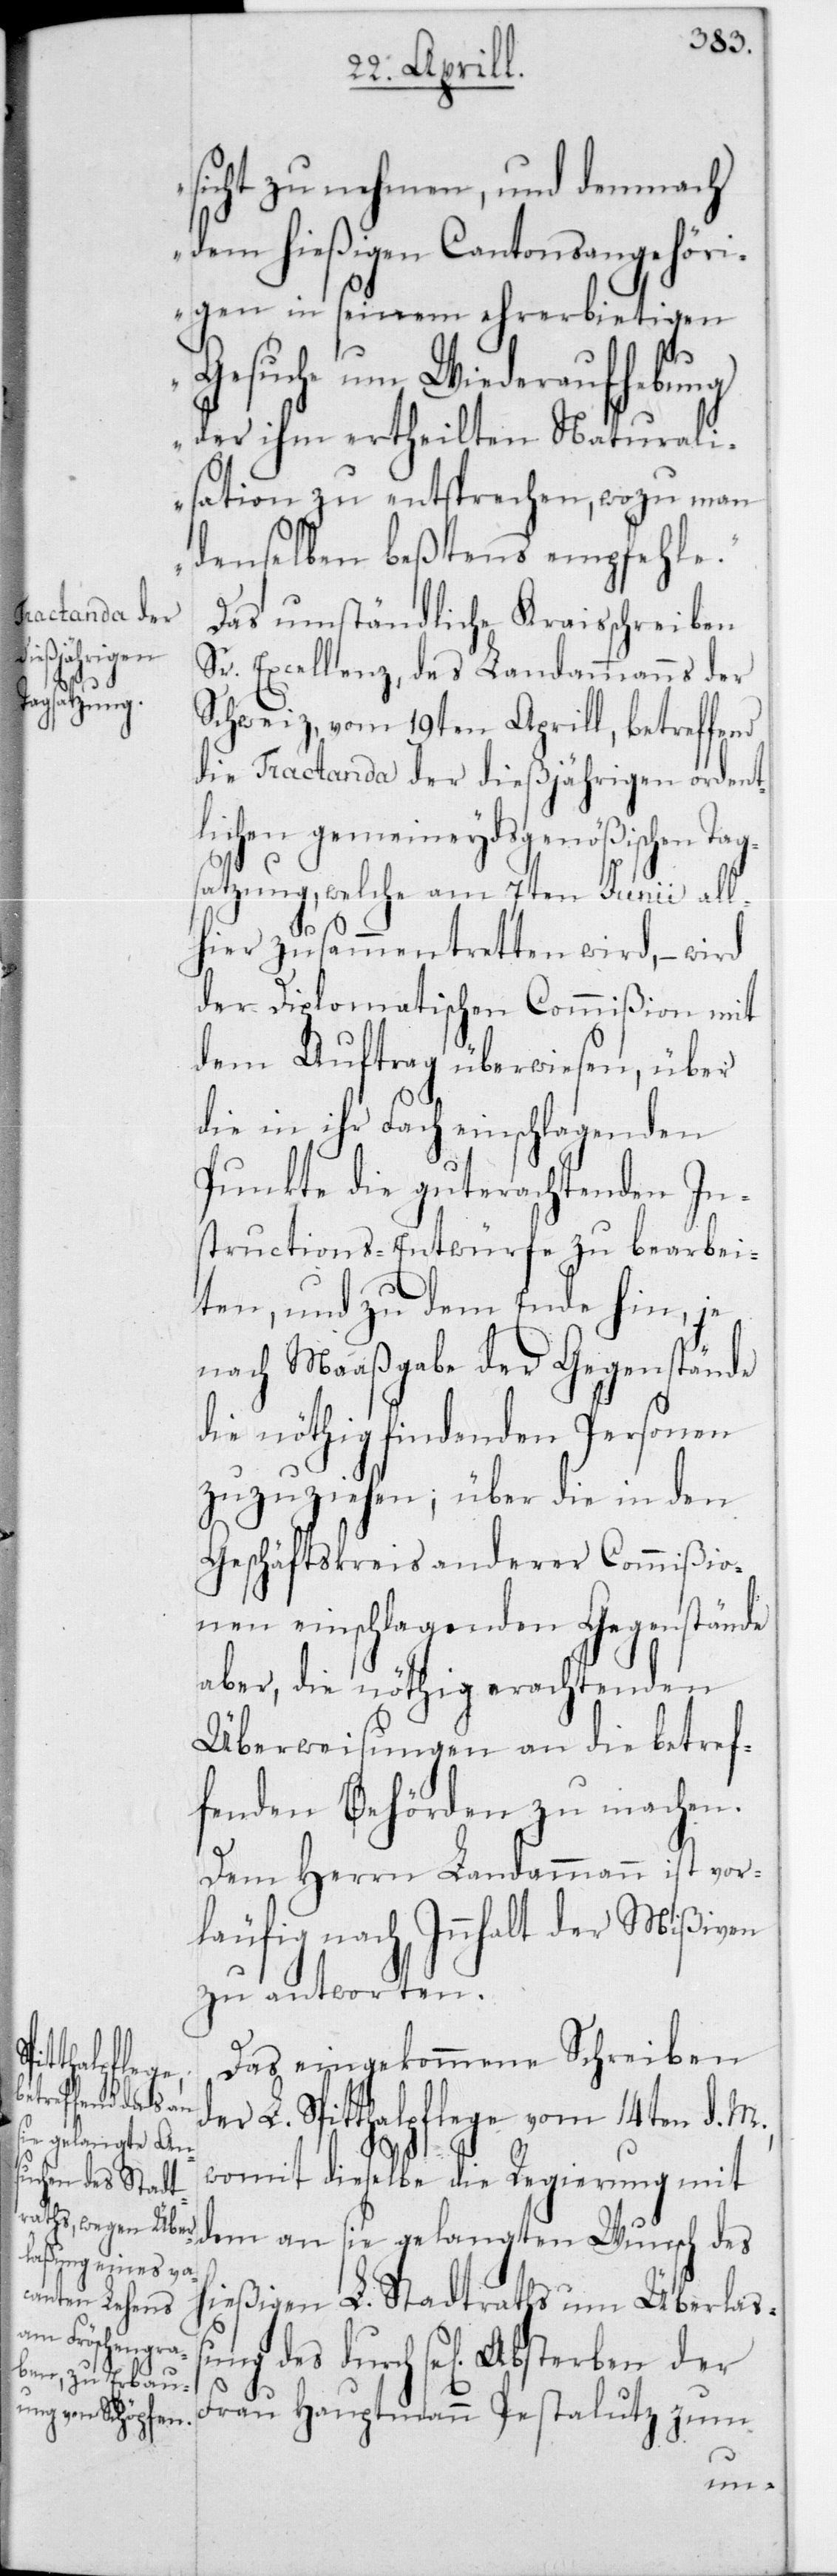
sicht zu nehmen, und demnach
dem hießigen Cantonsangehöri¬
gen in seinem ehrerbietigen
Gesuche um Wiederaufhebung
der ihm ertheilten Naturali¬
sation zu entsprechen, wozu man
denselben beßtens empfehle“.
Das umständliche Kraisschreiben
Sr. Excellenz, des Landammanns der
Schweiz vom 19ten Aprill, betreffend
die Tractanda der dießjährigen ordent¬
lichen gemeineydsgenößischen Tag¬
satzung, welche am 7ten Junii all¬
hier zusammentretten wird, – wird
der Diplomatischen Commißion mit
dem Auftrag überwiesen, über
die in ihr Fach einschlagenden
Punkte die gut erachtenden In¬
structions-Entwürfe zu bearbei¬
ten, und zu dem Ende hin, je
nach Maaßgabe der Gegenstände
die nöthig findenden Personen
zuzuziehen; über die in den
Geschäftskreis anderer Commißio¬
nen einschlagenden Gegenstände
aber, die nöthig erachtenden
Überweisungen an die betref¬
fenden Behörden zu machen.
Dem Herrn Landammann ist vor¬
läufig nach Innhalt der Mißiven
zu antworten.
Das eingekommene Schreiben
der L. Spitthalpflege vom 14ten d. M.,
womit dieselbe die Regierung mit
dem an sie gelangten Wunsch des
hießigen L. Stadtraths um Überlaß¬
ung des durch sel. Absterben der
Frau Hauptmann Pestalutz zum